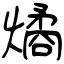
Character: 燏